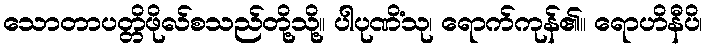
သောတာပတ္တိဖိုလ်စသည်တို့သို့။ ပါပုဏိံသု၊ ရောက်ကုန်၏။ ရောဟိနီပိ၊